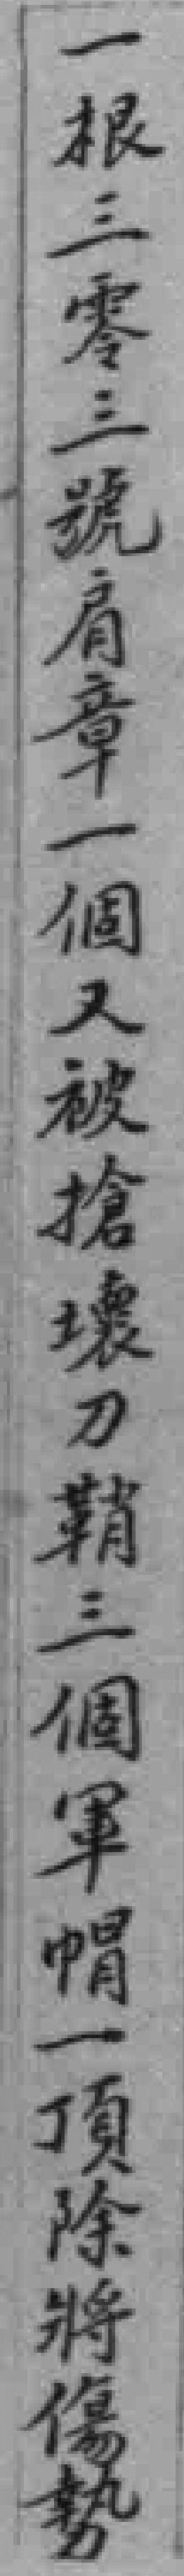
一根三零三號肩章一個又被搶壊刀鞘三個軍帽一頂除將傷勢